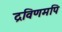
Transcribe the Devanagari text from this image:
द्रविणमपि